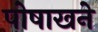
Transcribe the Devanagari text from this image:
पोषाखने